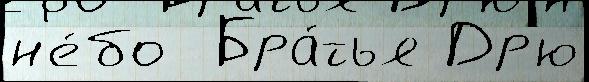
н'е́бо  Бра́тья Др'ю